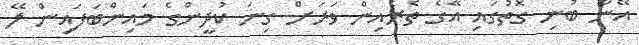
އޭނާ ބުނި ގޮތުގައި އޭގެ ތެރެއިން ވަރަށް ގިނަ ކުދީންގެ މައިންބަފައިން ލޭ